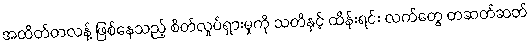
အထိတ်တလန့် ဖြစ်နေသည့် စိတ်လှုပ်ရှားမှုကို သတိနှင့် ထိန်းရင်း လက်တွေ တဆတ်ဆတ်